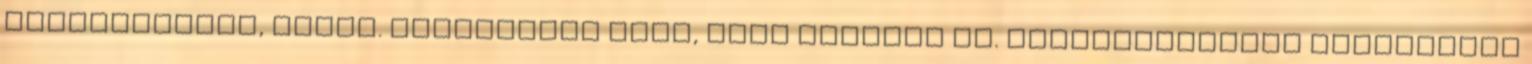
gumiburkolás, salak. Dekorációs műfű, több színben is. Gondozásmentes szórakozás